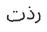
رذت